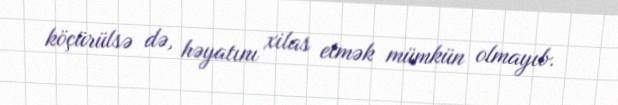
köçürülsə də, həyatını xilas etmək mümkün olmayıb.